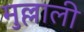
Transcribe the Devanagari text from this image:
मुल्लाली